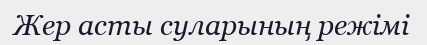
Жер асты суларының режімі